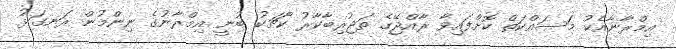
އިމްރާނާއެކު މަސައްކަތް ކޮށްފައިވާ ރާއްޖޭގެ ތަޖުރިބާކާރު ކޯޗަކު ބުނީ އިމްރާނުގެ ނިންމުން ރަނގަޅު